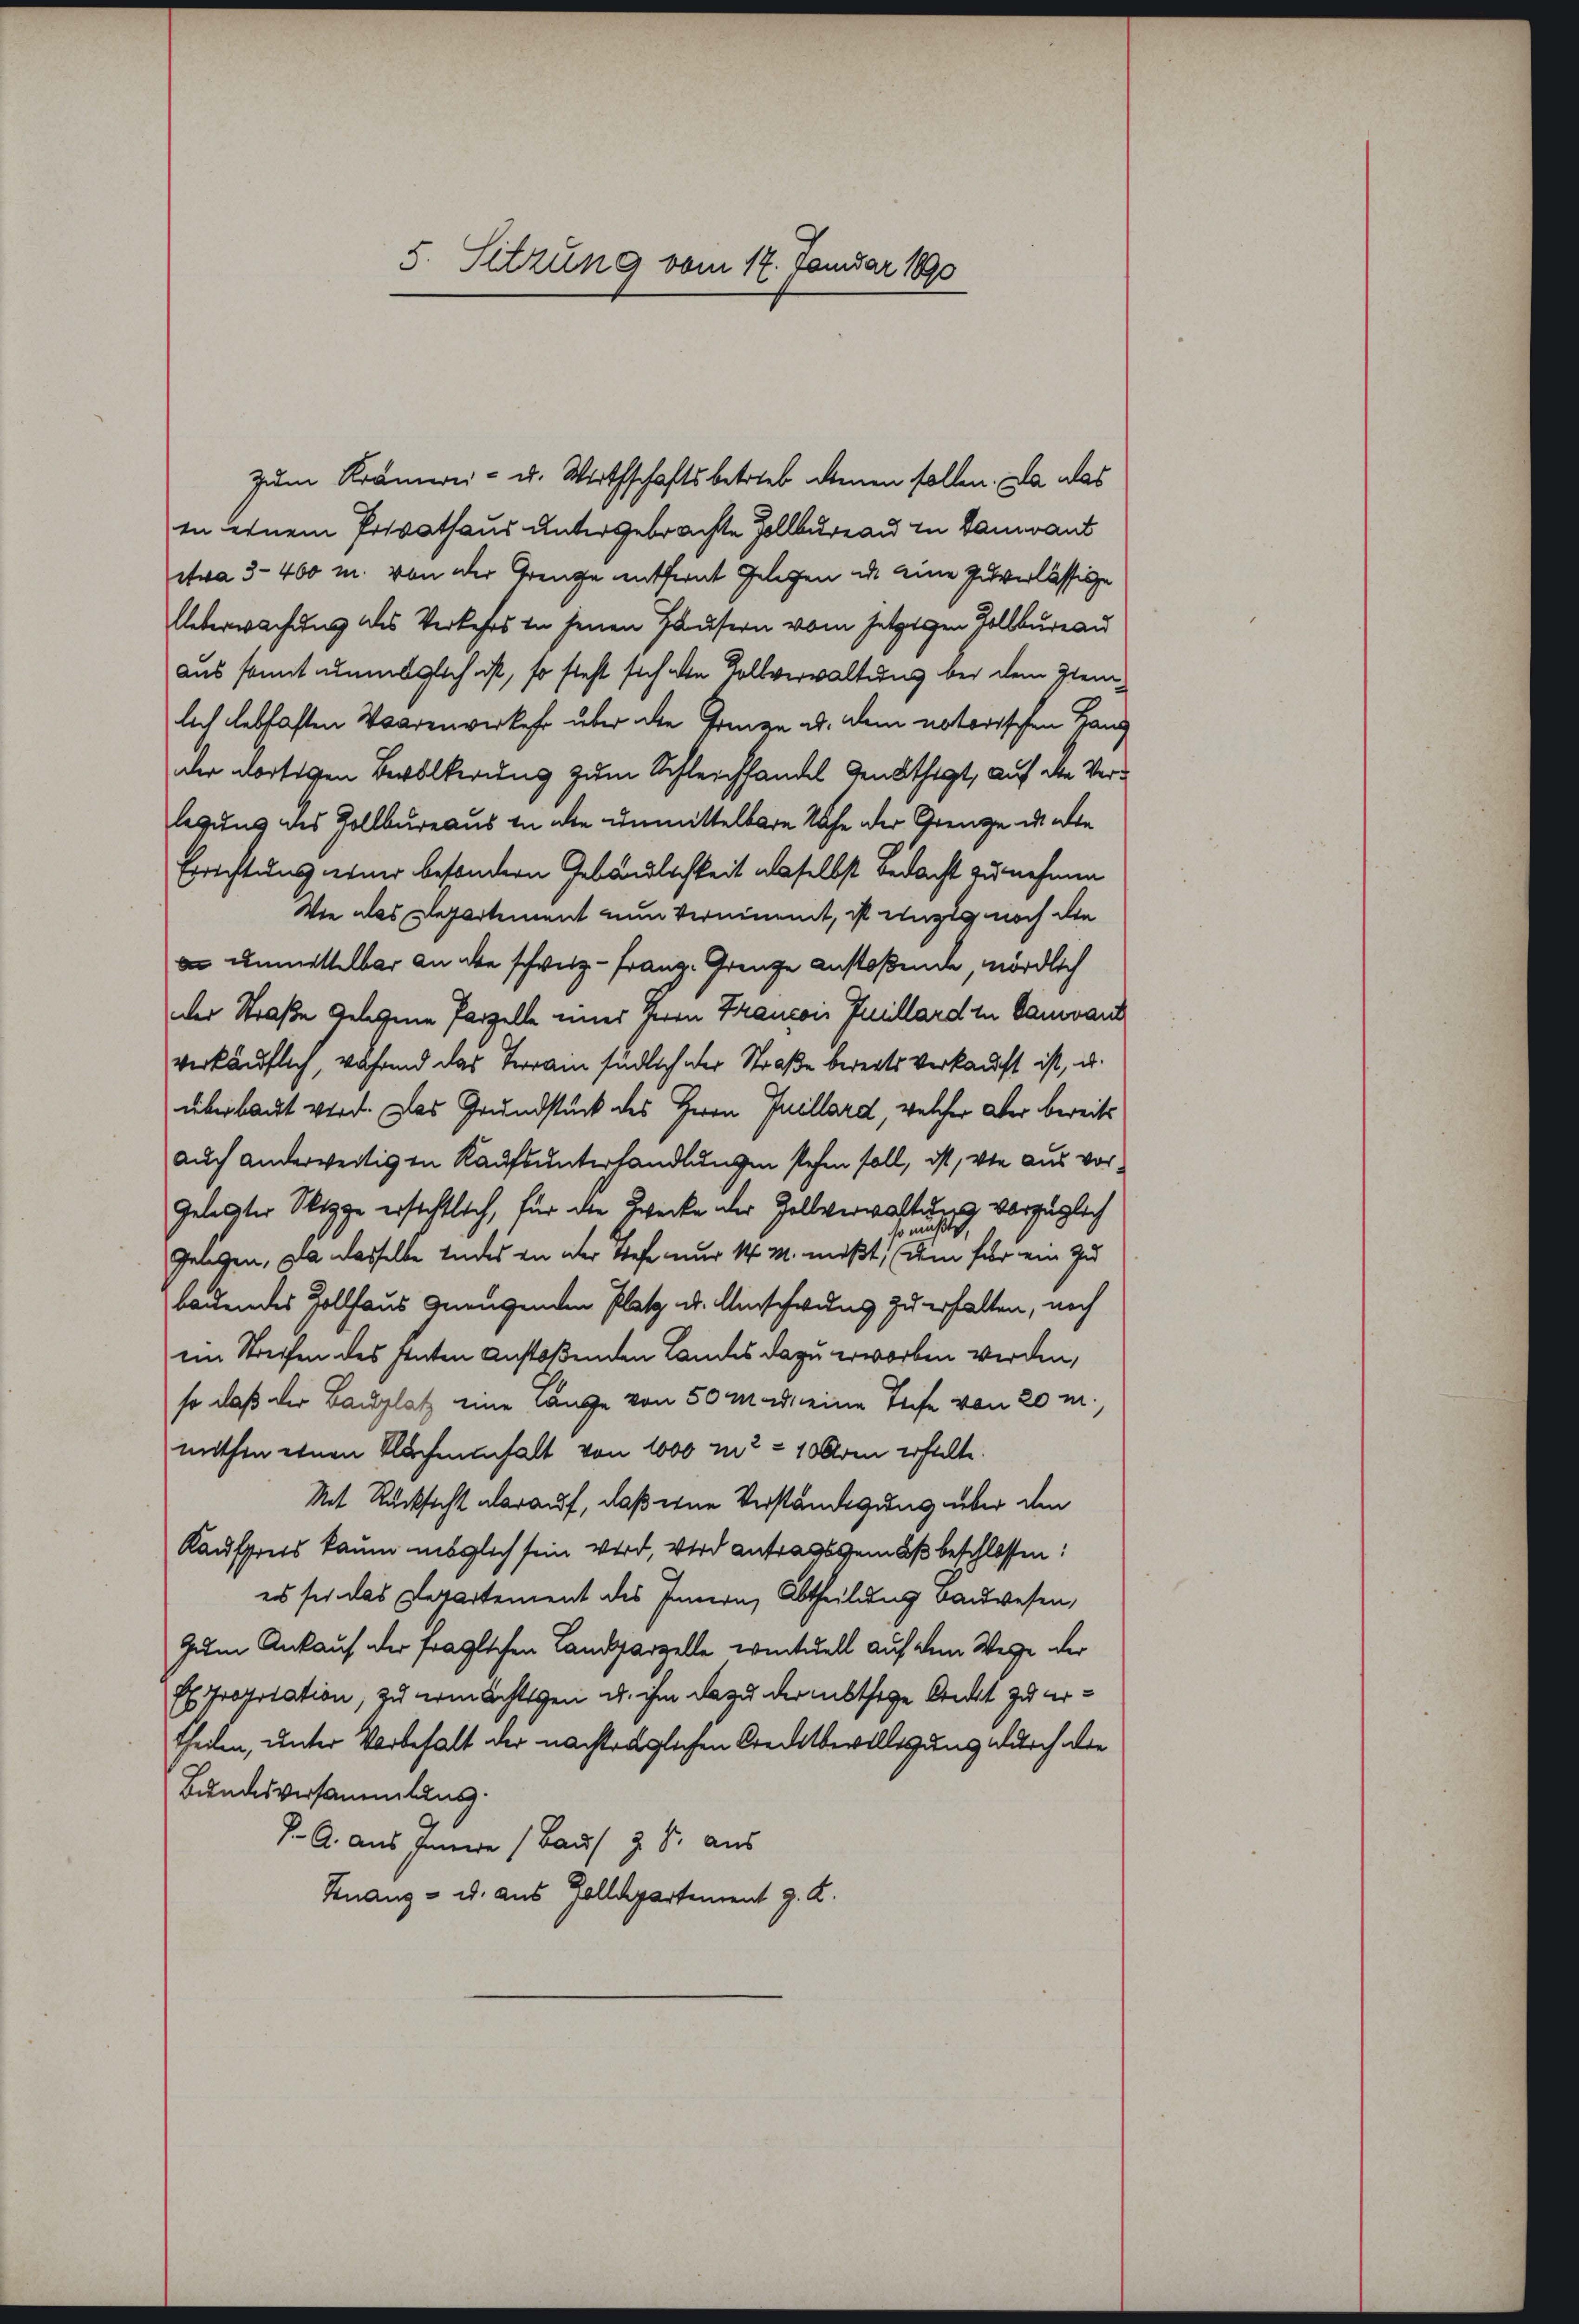
5. Sitzung vom 17. Januar 1890

zum Kramwei- u. Wirthschaftsbetrieb denen sollen. Da das
in einem Privathaus untergebrachte Zollbureau in Gauvant
etwa 3–400 m. von der Grenze entfernt Gelegen u. eine Zuverlässige
Ueberwachung des Verkehrs in jenen Häusern vom jetzigen Zollbureau
aus somit unmöglich ist, so steht sich den Tollverwaltung bei dem Ziemlich lebhaften Waarenverkehr über die Grien ab. dem notorischen Hand
der dortigen Bevölkerung zum Schleichhandel denkthigt, auf die Verlegung des Zollbureaus in die unmittelbare Sache der Grenze u. alte
Errichtung einer besondern Gebäudlichkeit alsselbst bedacht zu nehmen
Wie das Departement nun vernimmt, ist einzig noch die
an unmittelbar an abe schweiz - Franz. Grenze Anstoßende, nördlich
der Straße gelegene Parzelle einer Herrn Francoi Juillard in Gauvant
verkäuflich, während das Terram südlich der Straße bereits verkauft ist, u.
überlaut wird. Das Grundstück des Herrn Juillard, welcher der bereits
auch anderweitigen Kaufsunterhandlungen stehen soll, ist, wie aus vor¬
Geleister Sippe ersichtlich, für die Zwecke der Zellverwaltung vorzüglich
n
Gelegen, la dasselbe indes an der Tiefe nur 14 M. mißt, dem für ein zu
bauendes Zollhaus genügenden Platz u. Umschwung zu erhalten, noch
im Streifen des stuten Anstoßenden Landes dazu erworben werden,
so daß der Bauplatz eine Lange von 50 M. u. eine Teife von 20 m.
mithin einen Flacheninhalt von 1000 m2 = 10 Aren erhalte.
Mit Rücksicht darauf, daß eine Verständigung über den
Kaufpreis kaum möglich sein wird, wird antragsgemäß beschlossen:
es sie das Departement des Innern, Abtheilung bauwesen,
Zum Ankauf der fraglichen Landparzelle eventuell auf dem Wege der
Es proporation, zu ermächtigen u. ihm dazu der mithige Ankt zu ertheilen, unter Vorbehalt der nachträglichen Creditbewilligung durch die
Bundesversammlung.
K. A. aus Innere (Haus z. S. aus
Finanz- u. aus Zolldepartement J. K.